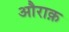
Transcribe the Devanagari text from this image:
औराक़